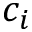
c _ { i }